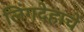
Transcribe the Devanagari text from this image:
लिंगदेहाचें